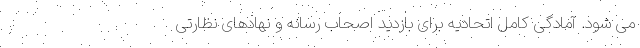
می شود. آمادگی کامل اتحادیه برای بازدید اصحاب رسانه و نهادهای نظارتی